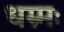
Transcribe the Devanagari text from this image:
धम्र्मः